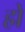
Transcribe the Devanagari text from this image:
ह्में